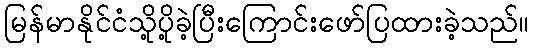
မြန်မာနိုင်ငံသို့ပို့ခဲ့ပြီးကြောင်းဖော်ပြထားခဲ့သည်။